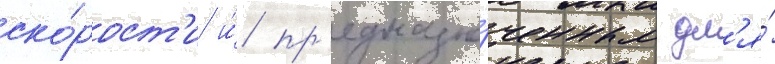
ско́рост'и и́ пр'едназна́ченным дл'я́